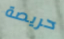
حريصة